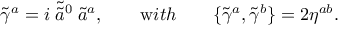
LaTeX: \tilde { \gamma } ^ { a } = i \; \tilde { \tilde { a } } { } ^ { 0 } \; \tilde { a } ^ { a } , \qquad { \mathrm w i t h } \qquad \{ \tilde { \gamma } ^ { a } , \tilde { \gamma } ^ { b } \} = 2 \eta ^ { a b } .